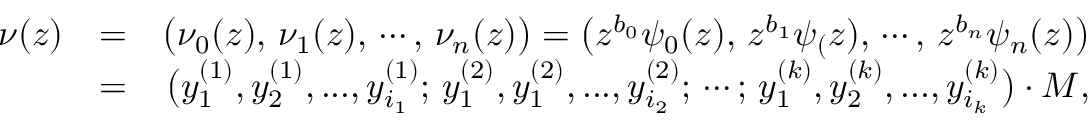
\begin{array} { r l r } { \nu ( z ) } & { = } & { \big ( \nu _ { 0 } ( z ) , \, \nu _ { 1 } ( z ) , \, \cdots , \, \nu _ { n } ( z ) \big ) = \big ( z ^ { b _ { 0 } } \psi _ { 0 } ( z ) , \, z ^ { b _ { 1 } } \psi _ { ( } z ) , \, \cdots , \, z ^ { b _ { n } } \psi _ { n } ( z ) \big ) } \\ & { = } & { \big ( y _ { 1 } ^ { ( 1 ) } , y _ { 2 } ^ { ( 1 ) } , . . . , y _ { i _ { 1 } } ^ { ( 1 ) } ; \, y _ { 1 } ^ { ( 2 ) } , y _ { 1 } ^ { ( 2 ) } , . . . , y _ { i _ { 2 } } ^ { ( 2 ) } ; \, \cdots ; \, y _ { 1 } ^ { ( k ) } , y _ { 2 } ^ { ( k ) } , . . . , y _ { i _ { k } } ^ { ( k ) } \big ) \cdot M , } \end{array}